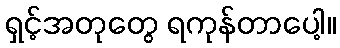
ရှင့်အတုတွေ ရကုန်တာပေါ့။